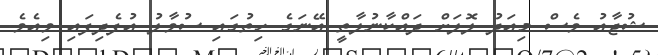
ޝުޖާއު ވެސް މިއަދު ލޮލަށް ދައްކާނުލާތީ އޭނަގެ ހިތުގައި ސުވާލު އުފެދިފައި ވިއެވެ.